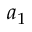
a _ { 1 }